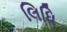
લિધિ